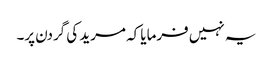
یہ نہیں فرمایا کہ مرید کی گردن پر۔